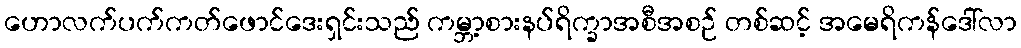
ဟောလက်ပက်ကတ်ဖောင်ဒေးရှင်းသည် ကမ္ဘာ့စားနပ်ရိက္ခာအစီအစဉ် တစ်ဆင့် အမေရိကန်ဒေါ်လာ